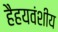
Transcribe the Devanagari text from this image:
हैहयवंशीय